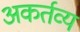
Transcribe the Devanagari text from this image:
अकर्तव्य